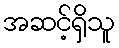
အဆင့်ရှိသူ